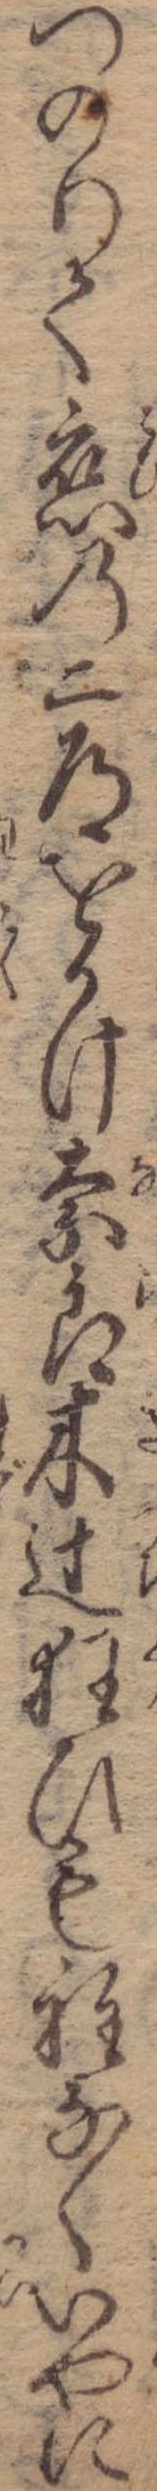
つのりて恋の二道をかけ奈良木辻狂ひも程なくいやに